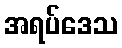
အရပ်ဒေသ